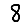
Digit: 8